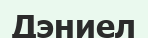
Дэниел